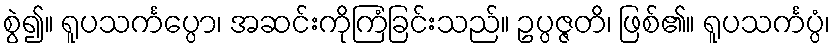
စွဲ၍။ ရူပသင်္ကပ္ပော၊ အဆင်းကိုကြံခြင်းသည်။ ဥပ္ပဇ္ဇတိ၊ ဖြစ်၏။ ရူပသင်္ကပ္ပံ၊